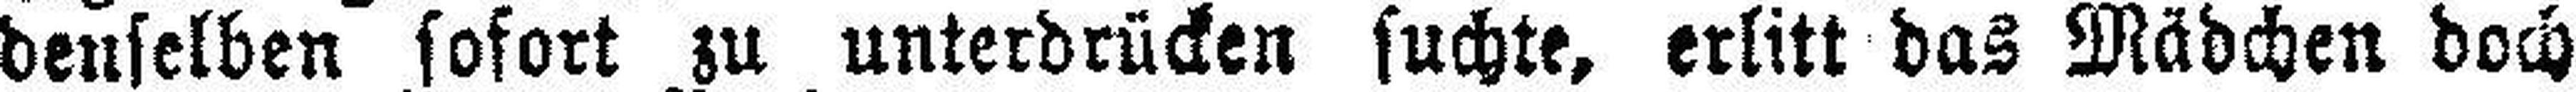
denselben sofort zu unterdrücken suchte, erlitt das Mädchen doch